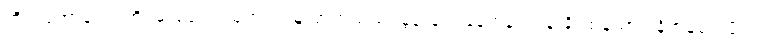
ကိုယ်တော်ရောင်တိ၊ မိုးခေါင်ပထွတ်၊ ရဲးမှူးတက်သည်၊ မွန်းချက်နေဟန်၊ တန်းခိုးထန်သား၊ နိဗ္ဗာန်ပေးပိုင်၊